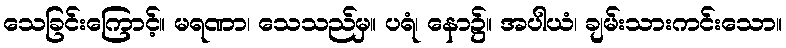
သေခြင်းကြောင့်။ မရဏာ၊ သေသည်မှ။ ပရံ၊ နော၌။ အပါယံ၊ ချမ်းသားကင်းသော။